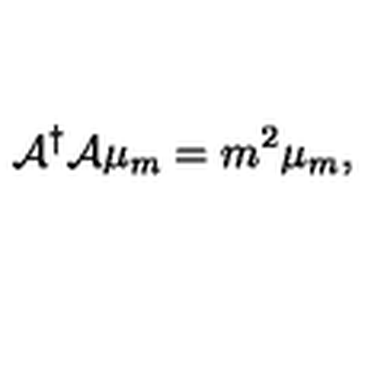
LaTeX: { \cal A } ^ { \dagger } { \cal A } \mu _ { m } = m ^ { 2 } \mu _ { m } ,